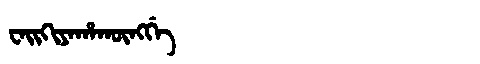
Manchu: ᠸᠠᡳᡴᡳᠶᠠᡥᠠᡴᡡᠩᡤᡝ
Romanization: WAIKIYAHAKŪNGGE